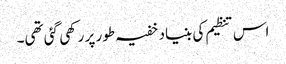
اس تنظیم کی بنیاد خفیہ طور پر رکھی گئی تھی۔